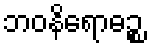
ဘဝနိရောဓဉ္စ